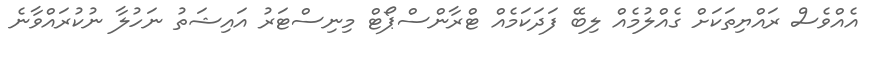
އެއްވެސް ރައްޔިތަކަށް ގެއްލުމެއް ލިބޭ ފަދަކަމެއް ޓްރާންސްޕޯޓް މިނިސްޓަރު އައިޝަތު ނަހުލާ ނުކުރައްވާނެ